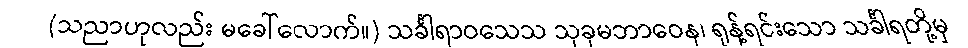
(သညာဟုလည်း မခေါ်လောက်။) သင်္ခါရာဝသေသ သုခုမဘာဝေန၊ ရုန့်ရင်းသော သင်္ခါရတို့မှ